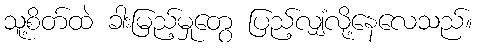
သူ့စိတ်ထဲ ခါးမြည့်မှုတွေ ပြည့်လျှံလို့နေလေသည်။